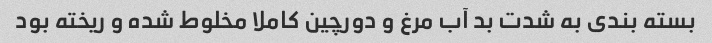
بسته بندی به شدت بد آب مرغ و دورچین کاملا مخلوط شده و ریخته بود